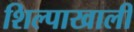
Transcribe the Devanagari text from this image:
शिल्पाखाली